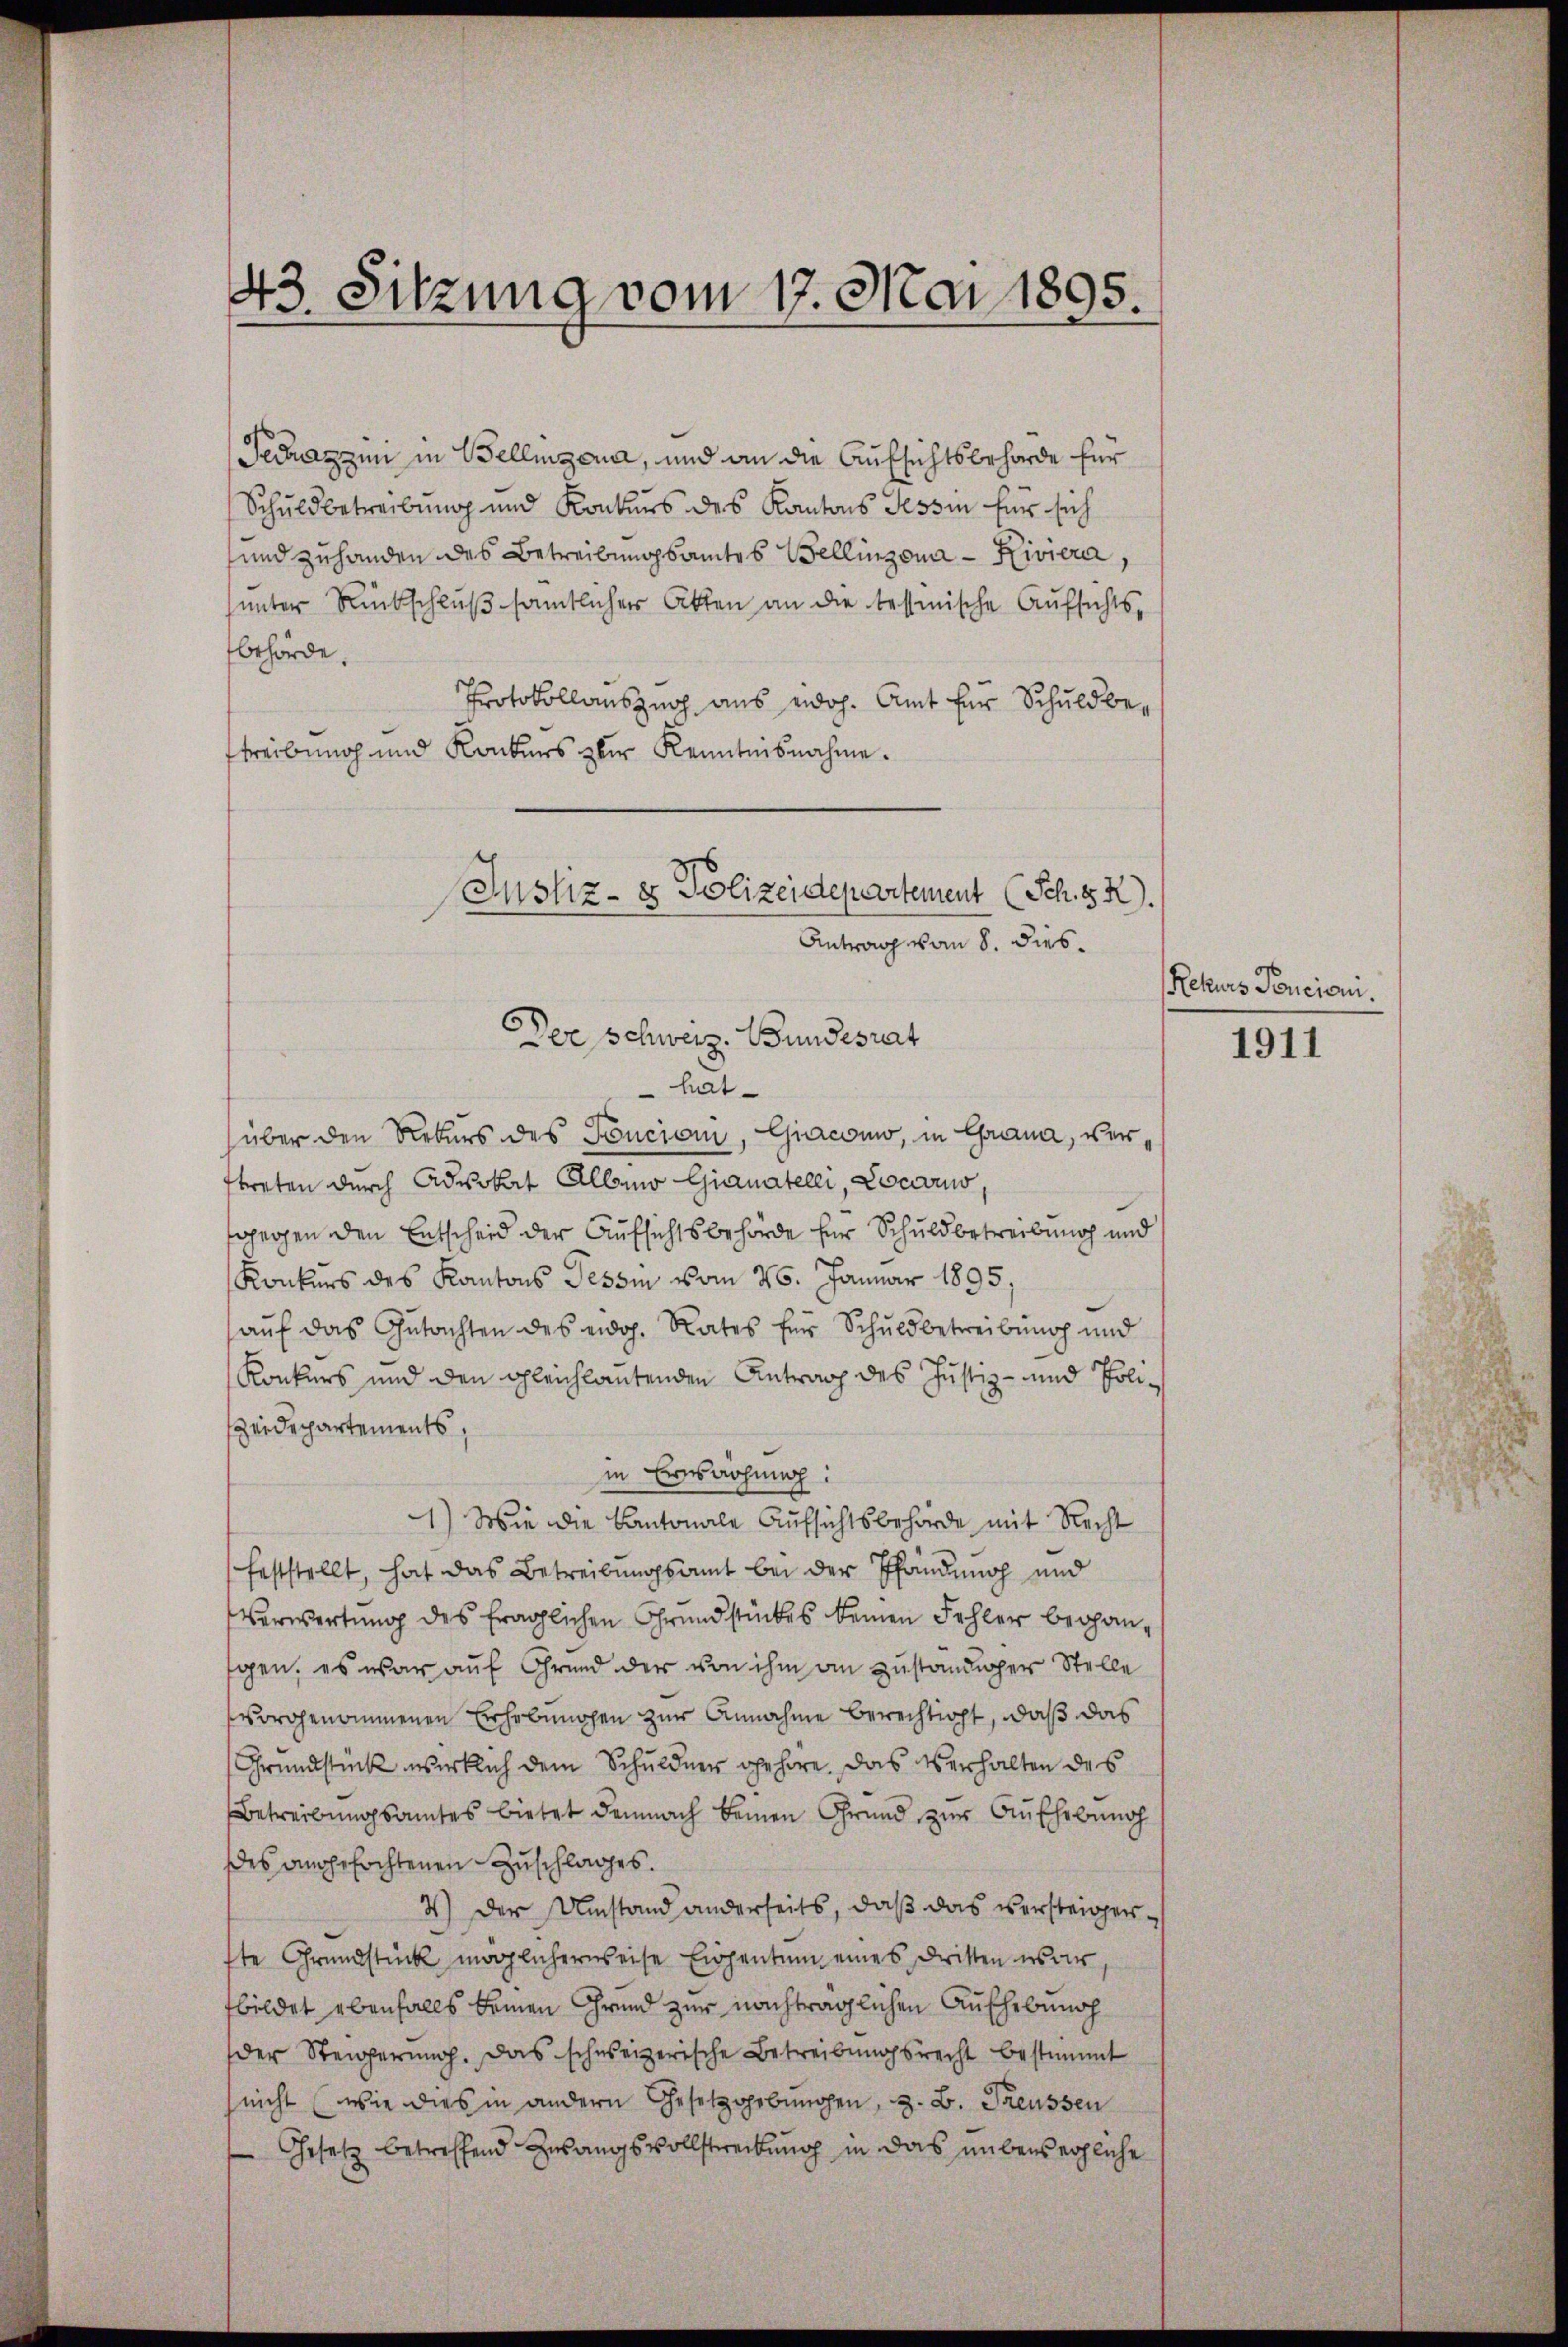
43. Sitzung vom 17. Mai 1895.

Techanzen in Bellinzona, und an die Aufsichtsbehörde für
Schuldbetreibung und Konkurs des Kantons Tessin für sich
und zuhanden des Betreibungsamtes Bellinzona - Riviera,
unter Rückschluß sämtlicher Akten an die tessinische Aufsichtsbehörde.
Protokollauszug aus eidoh. Amt für Schuldbestreibung und Konkurs zur Kenntnisnahme.
Justiz- & Polizeidepartement (Sch. 12).

hat
über den Rekurs des Poncioni, Giaconio, in Grana, vertreten durch Advokat Allmo Gianateler, Locarus,
gegen den Entscheid der Aufsichtsbehörde für Schuldbetreibung und
Konkurs des Kantons Tessin vom 26. Januar 1895,
aŭf das Gutachten des eidg. Rates für Schuldbetreibung und
Konkurs und den gleichlautenden Antrag des Justiz- und Polieidepartements,
in Erwachung:
1) Wie die Kantonale Aufsichtsbehörde mit Recht
feststellt, hat das Betreibungsamt bei der Pfändung und
Verwertung des fraglichen Grundstückes keinen Fehler begangen, es war auf Grund der von ihm an zuständiger Stelle
vorgenommenen Erhebungen zur Annahme berechtigt, daß das
Grundstück wirklich dem Schuldner gehöre. Das Verhalten des
Betreibungsamtes bietet demnach keinen Grund zur Aufhebung
des angefochtenen Zuschlages.
4.) Der Umstand anderseits, daß das versteigerste Grundstück möglicherweise Eigentum eines Dritten es wir,
bildet ebenfalls keinen Grund zur nachträglichen Aufhebung
der Steigerung. Das schweizerische Betreibungsrecht bestimmt
nicht (wie dies in andern Gesetzgebungen, z. B. Treussen
Gesetz betreffend Zwangsvollstreckung in das unbewegliche

Antrag vom 8. dies¬
Der Schweiz. Bundesrat

Rekurs Poncioni.

1911